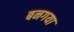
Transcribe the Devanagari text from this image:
बनगया